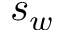
s _ { w }